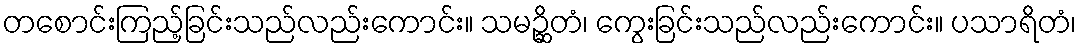
တစောင်းကြည့်ခြင်းသည်လည်းကောင်း။ သမဉ္ဆိတံ၊ ကွေးခြင်းသည်လည်းကောင်း။ ပသာရိတံ၊